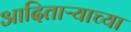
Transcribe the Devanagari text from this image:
आदिताऱ्याच्या